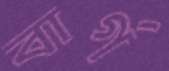
বার্গ